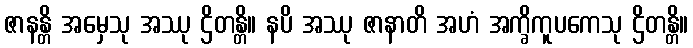
ဇာနန္တိ အမှေသု အဿု ဌိတန္တိ။ နပိ အဿု ဇာနာတိ အဟံ အက္ခိကူပကေသု ဌိတန္တိ။